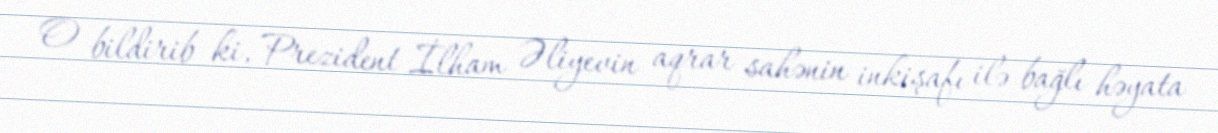
O bildirib ki, Prezident İlham Əliyevin aqrar sahənin inkişafı ilə bağlı həyata